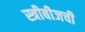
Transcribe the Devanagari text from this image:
स्त्रीबीजची